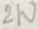
Text: 2W